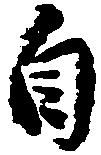
自